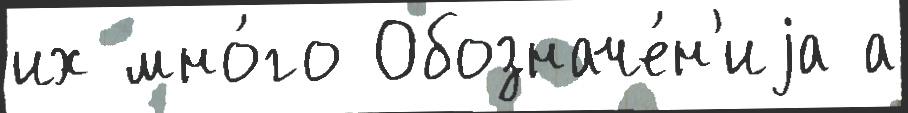
их мно́го Обозначе́н'иjа а